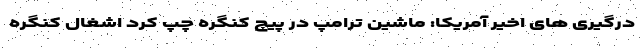
درگیری های اخیر آمریکا: ماشین ترامپ در پیچ کنگره چپ کرد اشغال کنگره